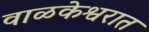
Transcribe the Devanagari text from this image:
वाळकेश्वरात